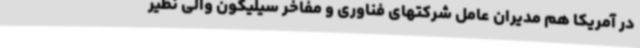
در آمریکا هم مدیران عامل شرکتهای فناوری و مفاخر سیلیکون والی نظیر